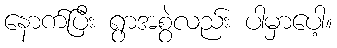
နောက်ပြီး ရွာအစွဲလည်း ပါမှာပေါ့။